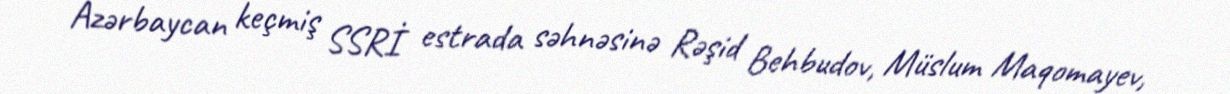
- Azərbaycan keçmiş SSRİ estrada səhnəsinə Rəşid Behbudov, Müslum Maqomayev,